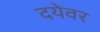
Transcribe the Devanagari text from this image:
दयेवर